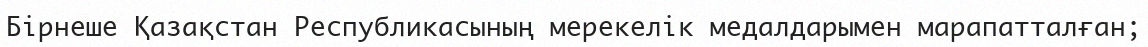
Бірнеше Қазақстан Республикасының мерекелік медалдарымен марапатталған;